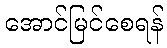
အောင်မြင်စေရန်